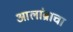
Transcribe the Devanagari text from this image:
आलांब्राचा